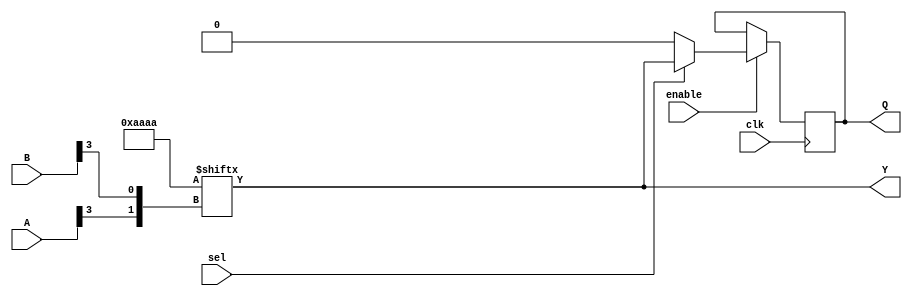
module CLB (
    input wire [3:0] A,            // 4-bit input for LUT
    input wire [3:0] B,            // 4-bit input for LUT
    input wire sel,                // Select signal for multiplexer
    input wire clk,                // Clock signal for flip-flop
    input wire enable,             // Enable signal for flip-flop
    output wire Y,                 // Output from the LUT
    output wire Q                  // Output from the flip-flop
);

    // Configuration memory for LUT
    reg [15:0] lut_config;         // 16 entries for a 4-input LUT
    wire [3:0] lut_input;          // Input for LUT

    // LUT implementation
    assign lut_input = {A[3], B[3]}; // Example input combination
    assign Y = lut_config[lut_input]; // Output from LUT based on configuration

    // Multiplexer to select between LUT output and another signal
    wire mux_out;
    assign mux_out = sel ? Y : 1'b0; // Example selection between LUT output and 0

    // Flip-Flop implementation
    reg ff;
    always @(posedge clk) begin
        if (enable) begin
            ff <= mux_out; // Store the output of the multiplexer
        end
    end

    assign Q = ff; // Output from the flip-flop

    // Carry logic (for example, simple 1-bit carry)
    wire carry_out;
    assign carry_out = A[0] & B[0]; // Simple carry generation

    // Input/Output buffers (not implemented in simulation, just a placeholder)
    wire buffered_Y;
    wire buffered_Q;

    assign buffered_Y = Y; // Buffer for LUT output
    assign buffered_Q = Q; // Buffer for flip-flop output

    // Configuration memory initialization (example)
    initial begin
        lut_config = 16'b1010101010101010; // Example configuration for LUT
    end

endmodule